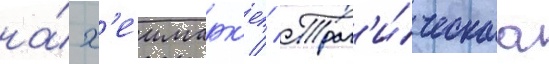
на́ х'еимарк'ет // Траг'и́ческаа